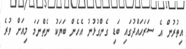
އިތުރުން އެ ސަރަހައްދުގައި ބަޑި ގެންގުޅުނު އެހެން ބަޔަކު ނެތްނަމަ މިއަށް ވުރެ